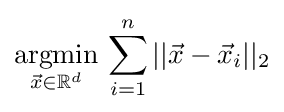
{\underset {{\vec {x}}\in \mathbb {R} ^{d}}{\operatorname {argmin} }}\,\sum _{i=1}^{n}||{\vec {x}}-{\vec {x}}_{i}||_{2}